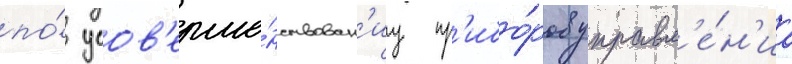
по́ усов'ерше́нствован'иу пр'ибо́ров управл'е́н'иа